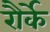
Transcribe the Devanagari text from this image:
रौर्के